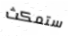
ستمكث